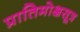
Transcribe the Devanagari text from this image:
प्रातिमोक्षसूत्र